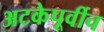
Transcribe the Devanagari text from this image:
अटकेपूर्वीच